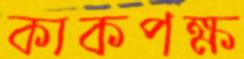
কাকপক্ষ